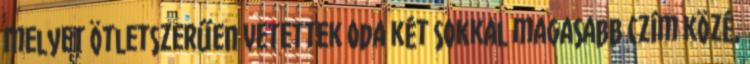
melyet ötletszerűen vetettek oda két sokkal magasabb czím közé,